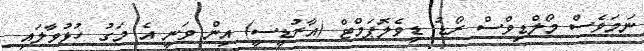
ނަމަވެސް މޯލްޑިވްސް ރޯޑު ޑިވެލޮޕަމްޓް (އާރުޑީސީ) އިން ވަނީ އެ މަގު ހުޅުވާލައި